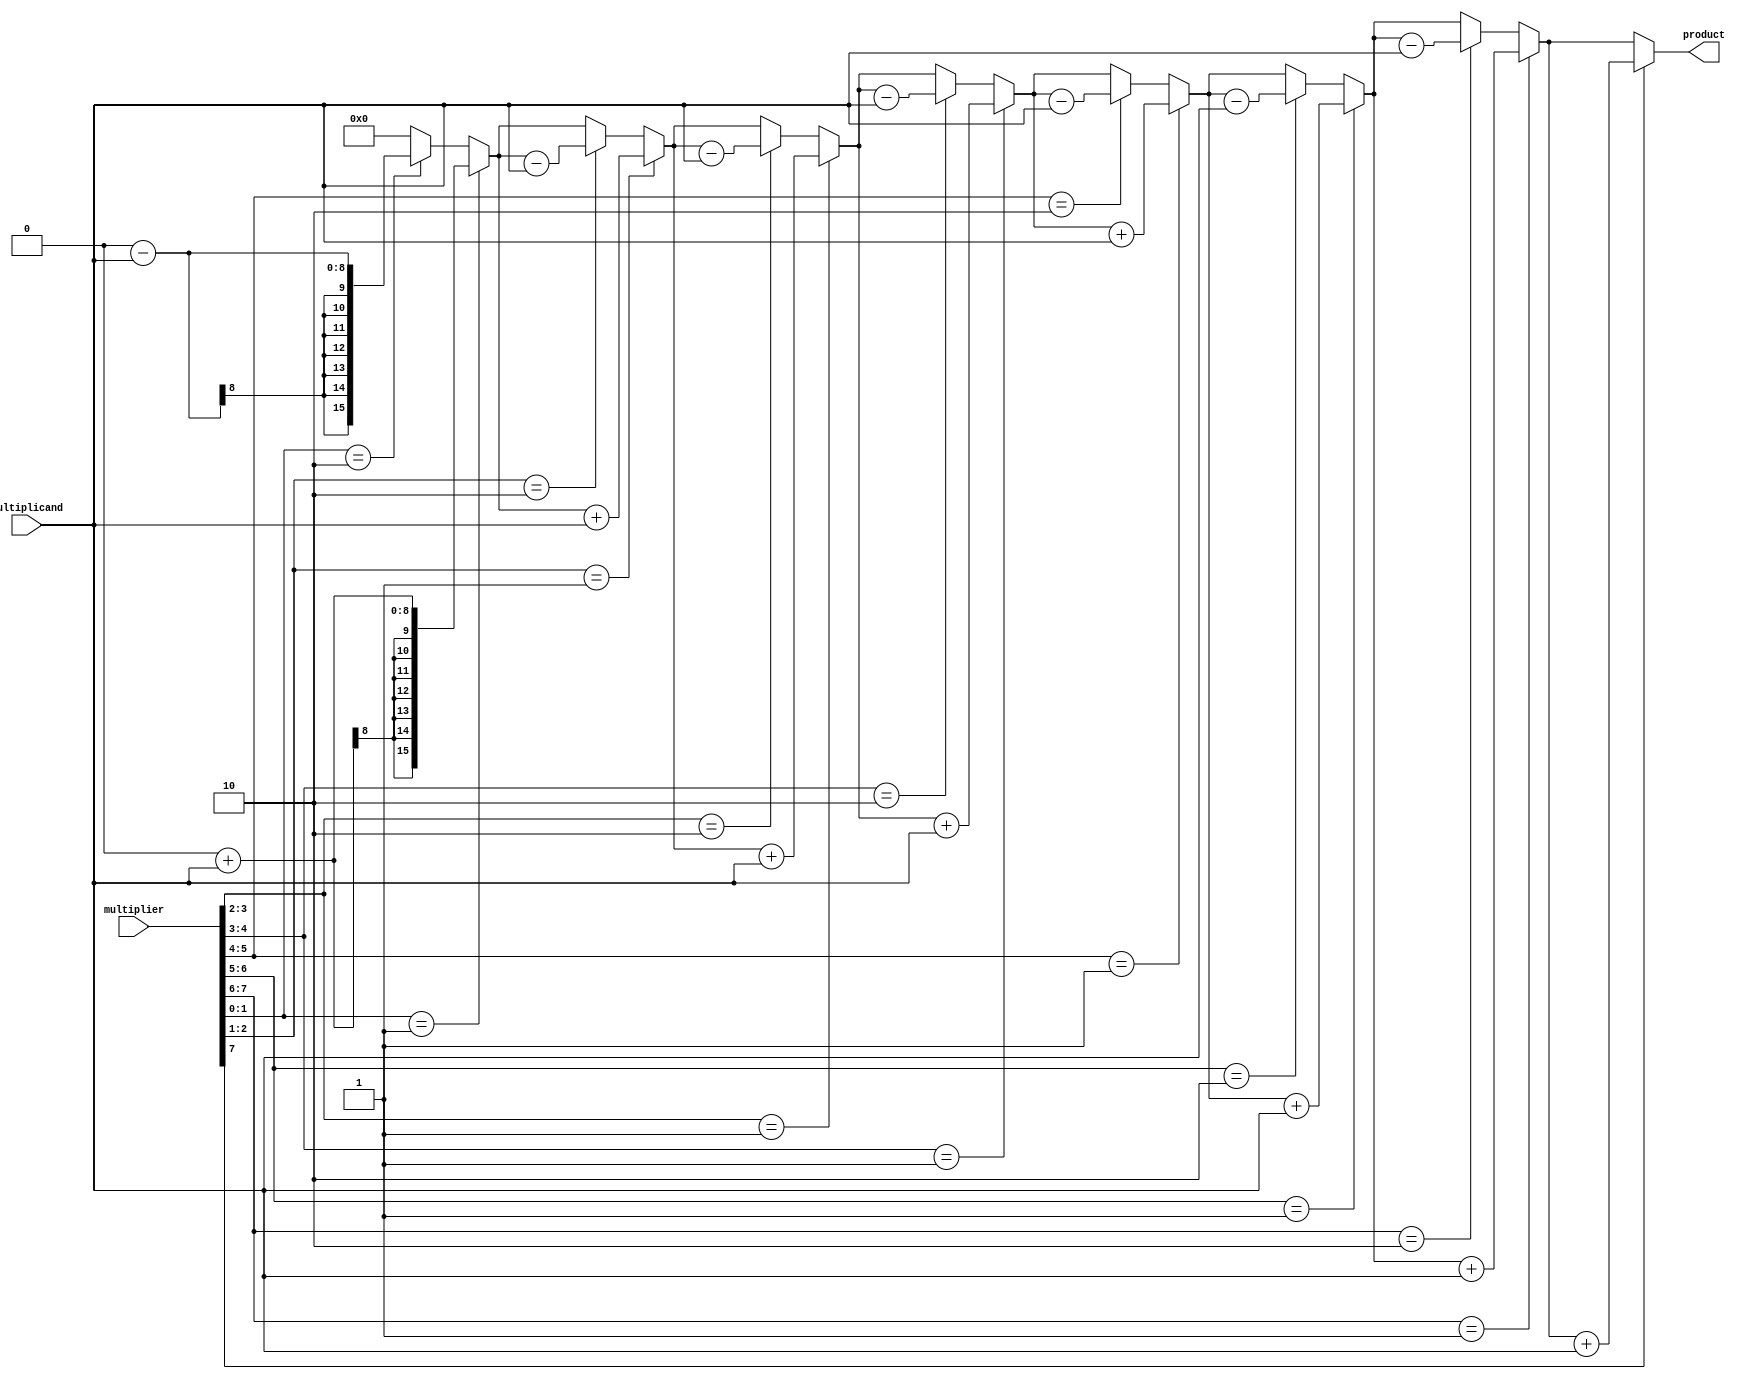
module booth_multiplier(
    input signed [7:0] multiplicand,
    input signed [7:0] multiplier,
    output reg signed [15:0] product
);

reg signed [15:0] a, s;
reg [3:0] i;

always @* begin
    a = multiplicand;
    s = {8'b0, multiplier};

    product = 0;

    for (i = 0; i < 8; i = i + 1) begin
        if (s[1:0] == 2'b01) begin
            product = product + a;
        end else if (s[1:0] == 2'b10) begin
            product = product - a;
        end

        // Arithmetic right shift
        s = {s[15], s[15:1]};
    end
end

endmodule